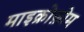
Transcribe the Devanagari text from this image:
माइक्रोफ़ोम